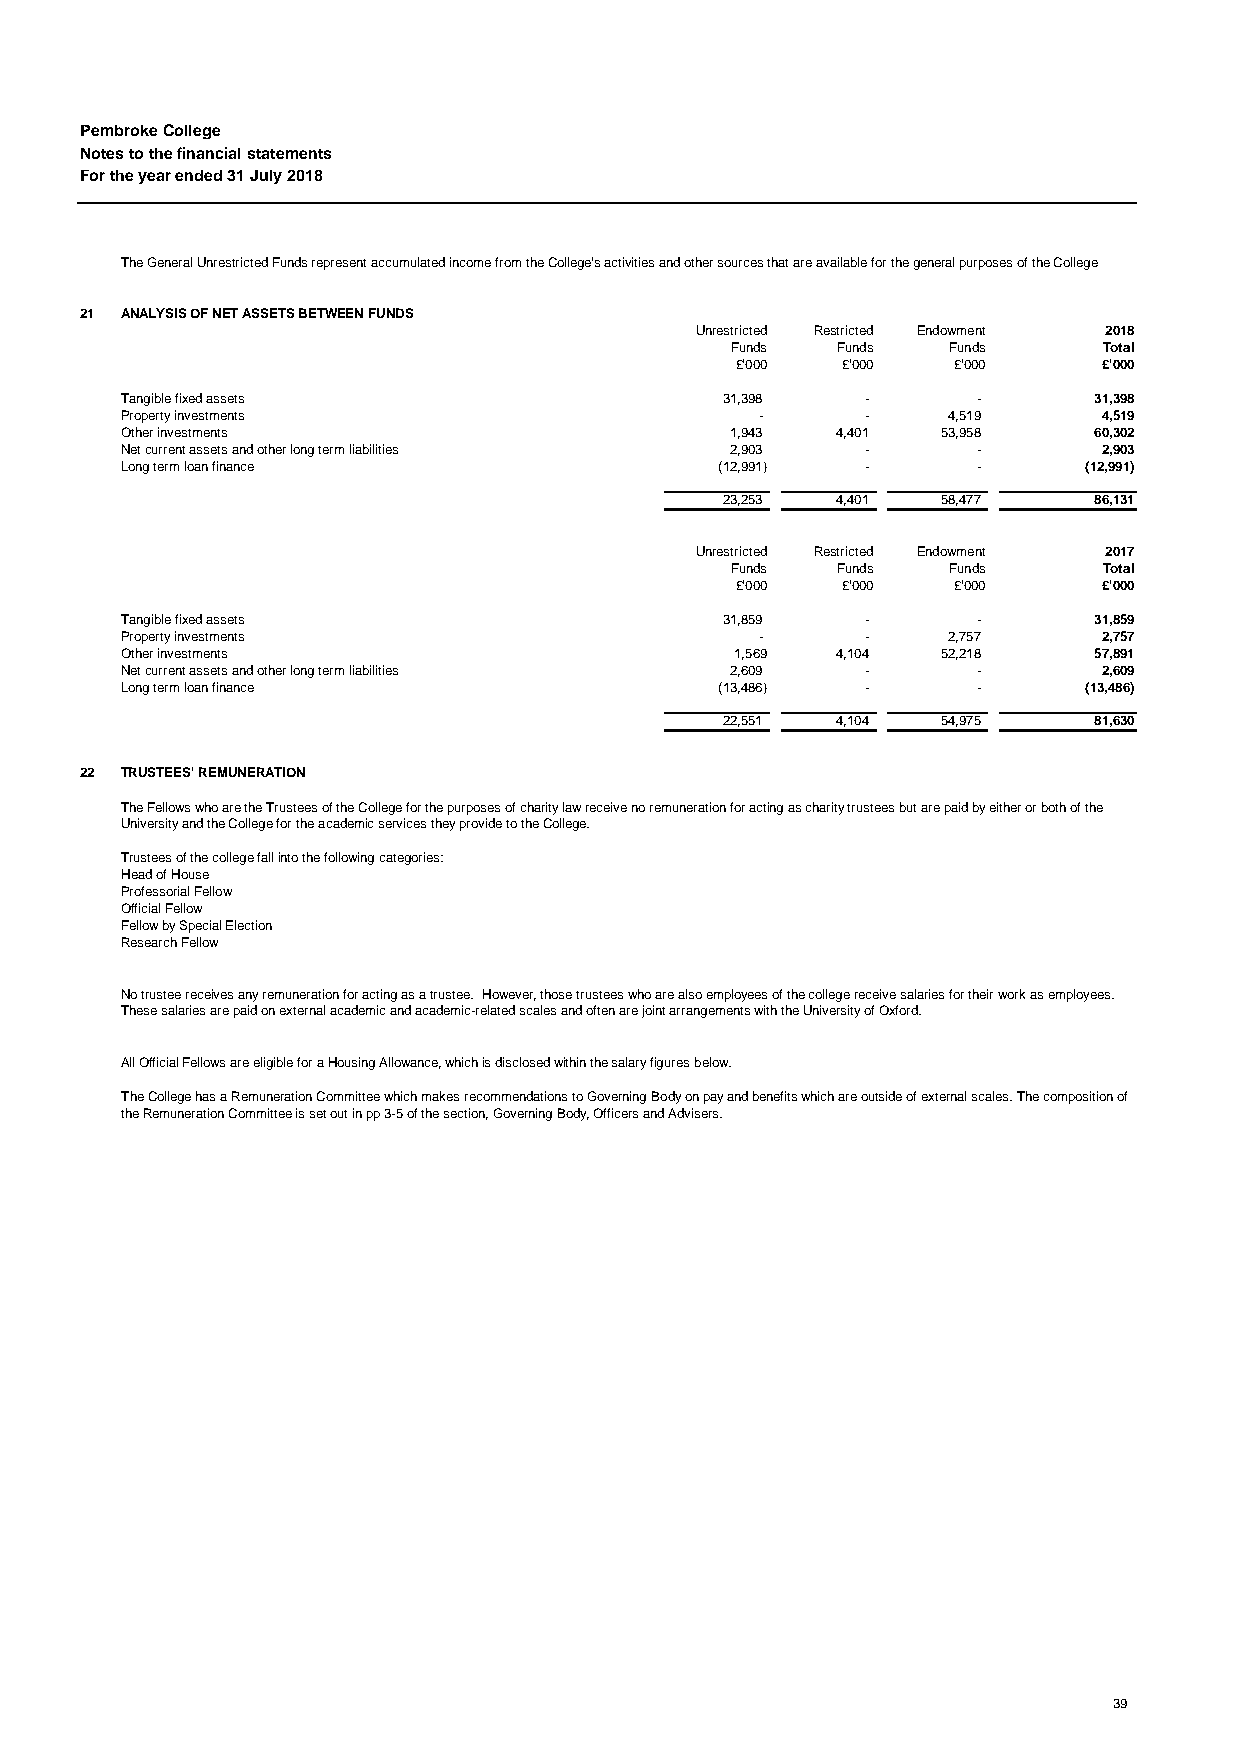
Pembroke College
 Notes to the financial statements
 For the year ended 31 July 2018
 The General Unrestricted Funds represent accumulated income from the College's activities and other sources that are available for the general purposes of the College
 21 ANALYSIS OF NET ASSETS BETWEEN FUNDS
 Unrestricted Restricted Endowment 2018
 Funds  Funds   Funds     Total
 £'000  £'000  £'000     £'000
 Tangible fixed assets                   31,398   -       -      31,398
 Property investments                      -      -     4,519     4,519
 Other investments                       1,943  4,401  53,958    60,302
 Net current assets and other long term liabilities 2,903 - -     2,903
 Long term loan finance                  (12,991) -       -      (12,991)
 23,253 4,401  58,477    86,131
 Unrestricted Restricted Endowment 2017
 Funds  Funds   Funds     Total
 £'000  £'000  £'000     £'000
 Tangible fixed assets                   31,859   -       -      31,859
 Property investments                      -      -     2,757     2,757
 Other investments                        1,569 4,104  52,218    57,891
 Net current assets and other long term liabilities 2,609 - -     2,609
 Long term loan finance                  (13,486) -       -      (13,486)
 22,551 4,104  54,975    81,630
 22 TRUSTEES' REMUNERATION
 The Fellows who are the Trustees of the College for the purposes of charity law receive no remuneration for acting as charity trustees but are paid by either or both of the
 University and the College for the academic services they provide to the College.
 Trustees of the college fall into the following categories:
 Head of House
 Professorial Fellow
 Official Fellow
 Fellow by Special Election
 Research Fellow
 No trustee receives any remuneration for acting as a trustee. However, those trustees who are also employees of the college receive salaries for their work as employees.
 These salaries are paid on external academic and academic-related scales and often are joint arrangements with the University of Oxford.
 All Official Fellows are eligible for a Housing Allowance, which is disclosed within the salary figures below.
 The College has a Remuneration Committee which makes recommendations to Governing Body on pay and benefits which are outside of external scales. The composition of
 the Remuneration Committee is set out in pp 3-5 of the section, Governing Body, Officers and Advisers.
 39